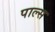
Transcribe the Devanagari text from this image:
पाल्स